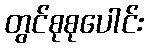
တွင်စုစုပေါင်း